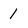
Character: 1